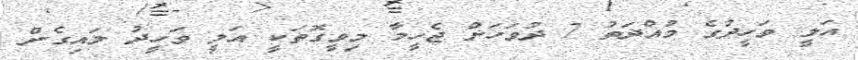
އަލީ ވަހީދުގެ މުއްދަތު 7 ދުވަހަށް ޖެހީމާ މިވީގޮތަކީ އަލީ ވަހީދު ލައިގެން